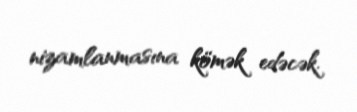
nizamlanmasına kömək edəcək.